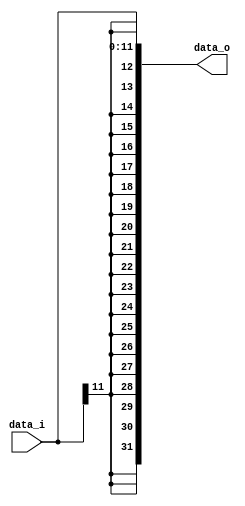
module Sign_Extend(
    data_i,
    data_o
);

input   [11:0]  data_i;
output  [31:0]  data_o;


assign  data_o = {{20{data_i[11]}},data_i};


endmodule